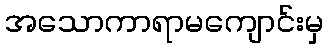
အသောကာရာမကျောင်းမှ